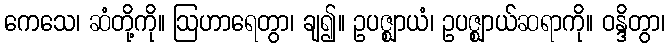
ကေသေ၊ ဆံတို့ကို။ ဩဟာရေတွာ၊ ချ၍။ ဥပဇ္ဈာယံ၊ ဥပဇ္ဈာယ်ဆရာကို။ ဝန္ဒိတွာ၊